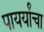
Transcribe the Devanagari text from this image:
पायर्यांचा